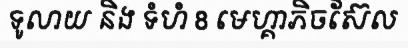
ទូលាយ និង ទំហំ 8 មេហ្គាភិចស៊ែល